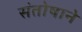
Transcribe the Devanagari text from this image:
संतोषाने